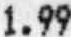
1.99